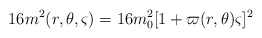
\begin{align*}16m^{2}(r,\theta ,\varsigma )=16m_{0}^{2}[1+\varpi (r,\theta )\varsigma ]^{2}\end{align*}